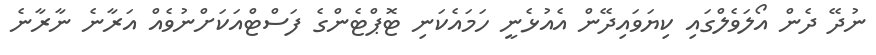
ނުދޭ ދެން އޯލަވެލްގައި ކިޔަވައިދޭން އެއުޅެނީ ހަމައެކަނި ޓޮޕްޓެންގެ ފަސްޓްއަކަށްނުވެއް އަރާނެ ނާރާނެ